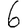
Digit: 6